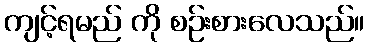
ကျင့်ရမည် ကို စဉ်းစားလေသည်။